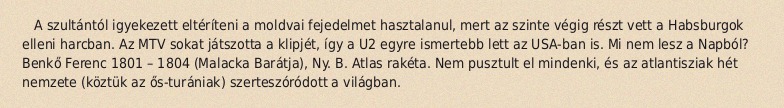
A szultántól igyekezett eltéríteni a moldvai fejedelmet hasztalanul, mert az szinte végig részt vett a Habsburgok elleni harcban. Az MTV sokat játszotta a klipjét, így a U2 egyre ismertebb lett az USA-ban is. Mi nem lesz a Napból? Benkő Ferenc 1801 – 1804 (Malacka Barátja), Ny. B. Atlas rakéta. Nem pusztult el mindenki, és az atlantisziak hét nemzete (köztük az ős-turániak) szerteszóródott a világban.